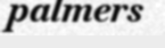
palmers